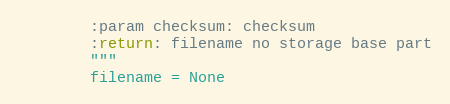
Language: Python
        :param checksum: checksum
        :return: filename no storage base part
        """
        filename = None